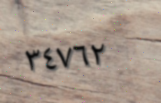
٣٤٧٦٢